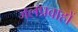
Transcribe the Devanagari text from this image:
जलप्रवाहों